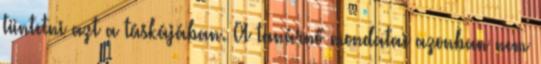
tüntetni azt a táskájában. A tanárnő mondatai azonban nem